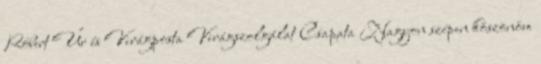
Róbert Úr és Virágposta Virágszolgálat Csapata Nagyon szépen köszönöm